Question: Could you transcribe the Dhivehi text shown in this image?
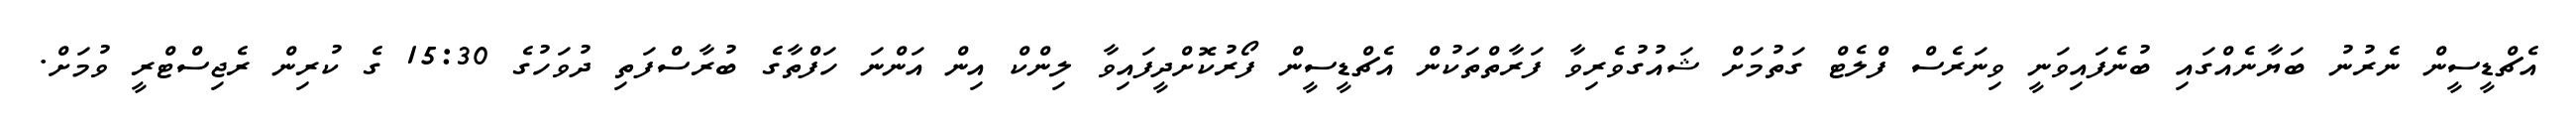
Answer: އެޗްޑީސީން ނެރުނު ބަޔާނެއްގައި ބުނެފައިވަނީ ވިނަރެސް ފްލެޓް ގަތުމަށް ޝައުގުވެރިވާ ފަރާތްތަކުން އެޗްޑީސީން ފޯރުކޮށްދީފައިވާ ލިންކް އިން އަންނަ ހަފްތާގެ ބުރާސްފަތި ދުވަހުގެ 15:30 ގެ ކުރިން ރެޖިސްޓްރީ ވުމަށް.